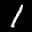
Label: 1